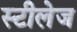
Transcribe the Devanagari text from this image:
स्टीलेज